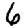
Digit: 6